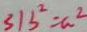
3 1 b ^ { 2 } = a ^ { 2 }